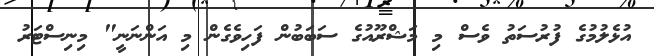
އުޅެލުމުގެ ފުރުސަތު ވެސް މި މަޝްރޫއުގެ ސަބަބުން ފަހިވެގެން މި އަންނަނީ" މިނިސްޓަރު